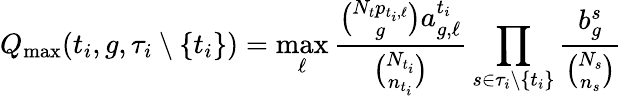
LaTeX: Q_{\operatorname*{max}}({t_{i}},g,\tau_{i}\setminus\{ {t_{i}}\} )=\operatorname*{max}_{\ell}\frac{\binom{N_{t}p_{{t_{i}},\ell}}{g}a_{g,\ell}^{t_{i}}}{\binom{N_{t_{i}}}{n_{t_{i}}}}\prod_{s\in\tau_{i}\setminus\{ {t_{i}}\} }\frac{b_{g}^{s}}{\binom{N_{s}}{n_{s}}}